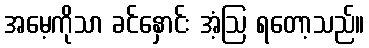
အမေ့ကိုသာ ခင်နှောင်း အံ့ဩ ရတော့သည်။